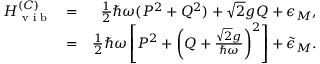
\begin{array} { r l r } { H _ { \textrm { v i b } } ^ { ( C ) } } & { = } & { \frac { 1 } { 2 } \hbar \omega ( P ^ { 2 } + Q ^ { 2 } ) + \sqrt { 2 } g Q + \epsilon _ { M } , } \\ & { = } & { \frac { 1 } { 2 } \hbar \omega \left[ P ^ { 2 } + \left( Q + \frac { \sqrt { 2 } g } { \hbar \omega } \right) ^ { 2 } \right] + \tilde { \epsilon } _ { M } . } \end{array}